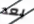
بعد